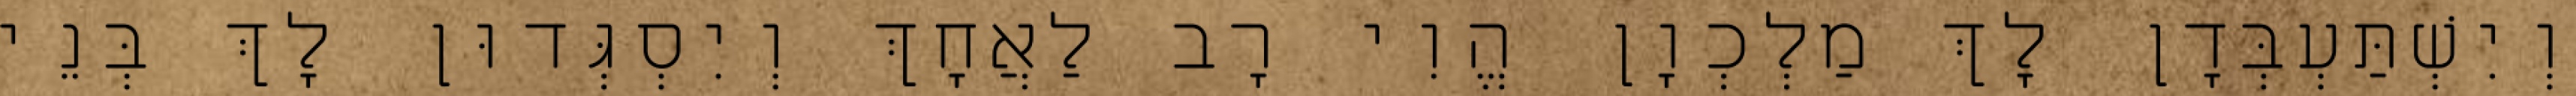
וְיִשְׁתַּעְבְּדָן לָךְ מַלְכְוָן הֱוִי רָב לַאֲחָךְ וְיִסְגְּדוּן לָךְ בְּנֵי